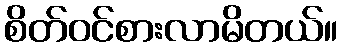
စိတ်ဝင်စားလာမိတယ်။